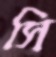
সি